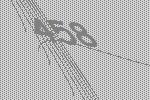
458